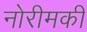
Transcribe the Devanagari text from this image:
नोरीमकी